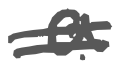
Text: a
Cross-out: double-line
Writing tool: digital_gray